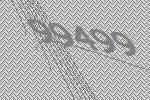
99499